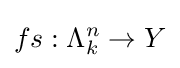
fs:\Lambda _{k}^{n}\to Y